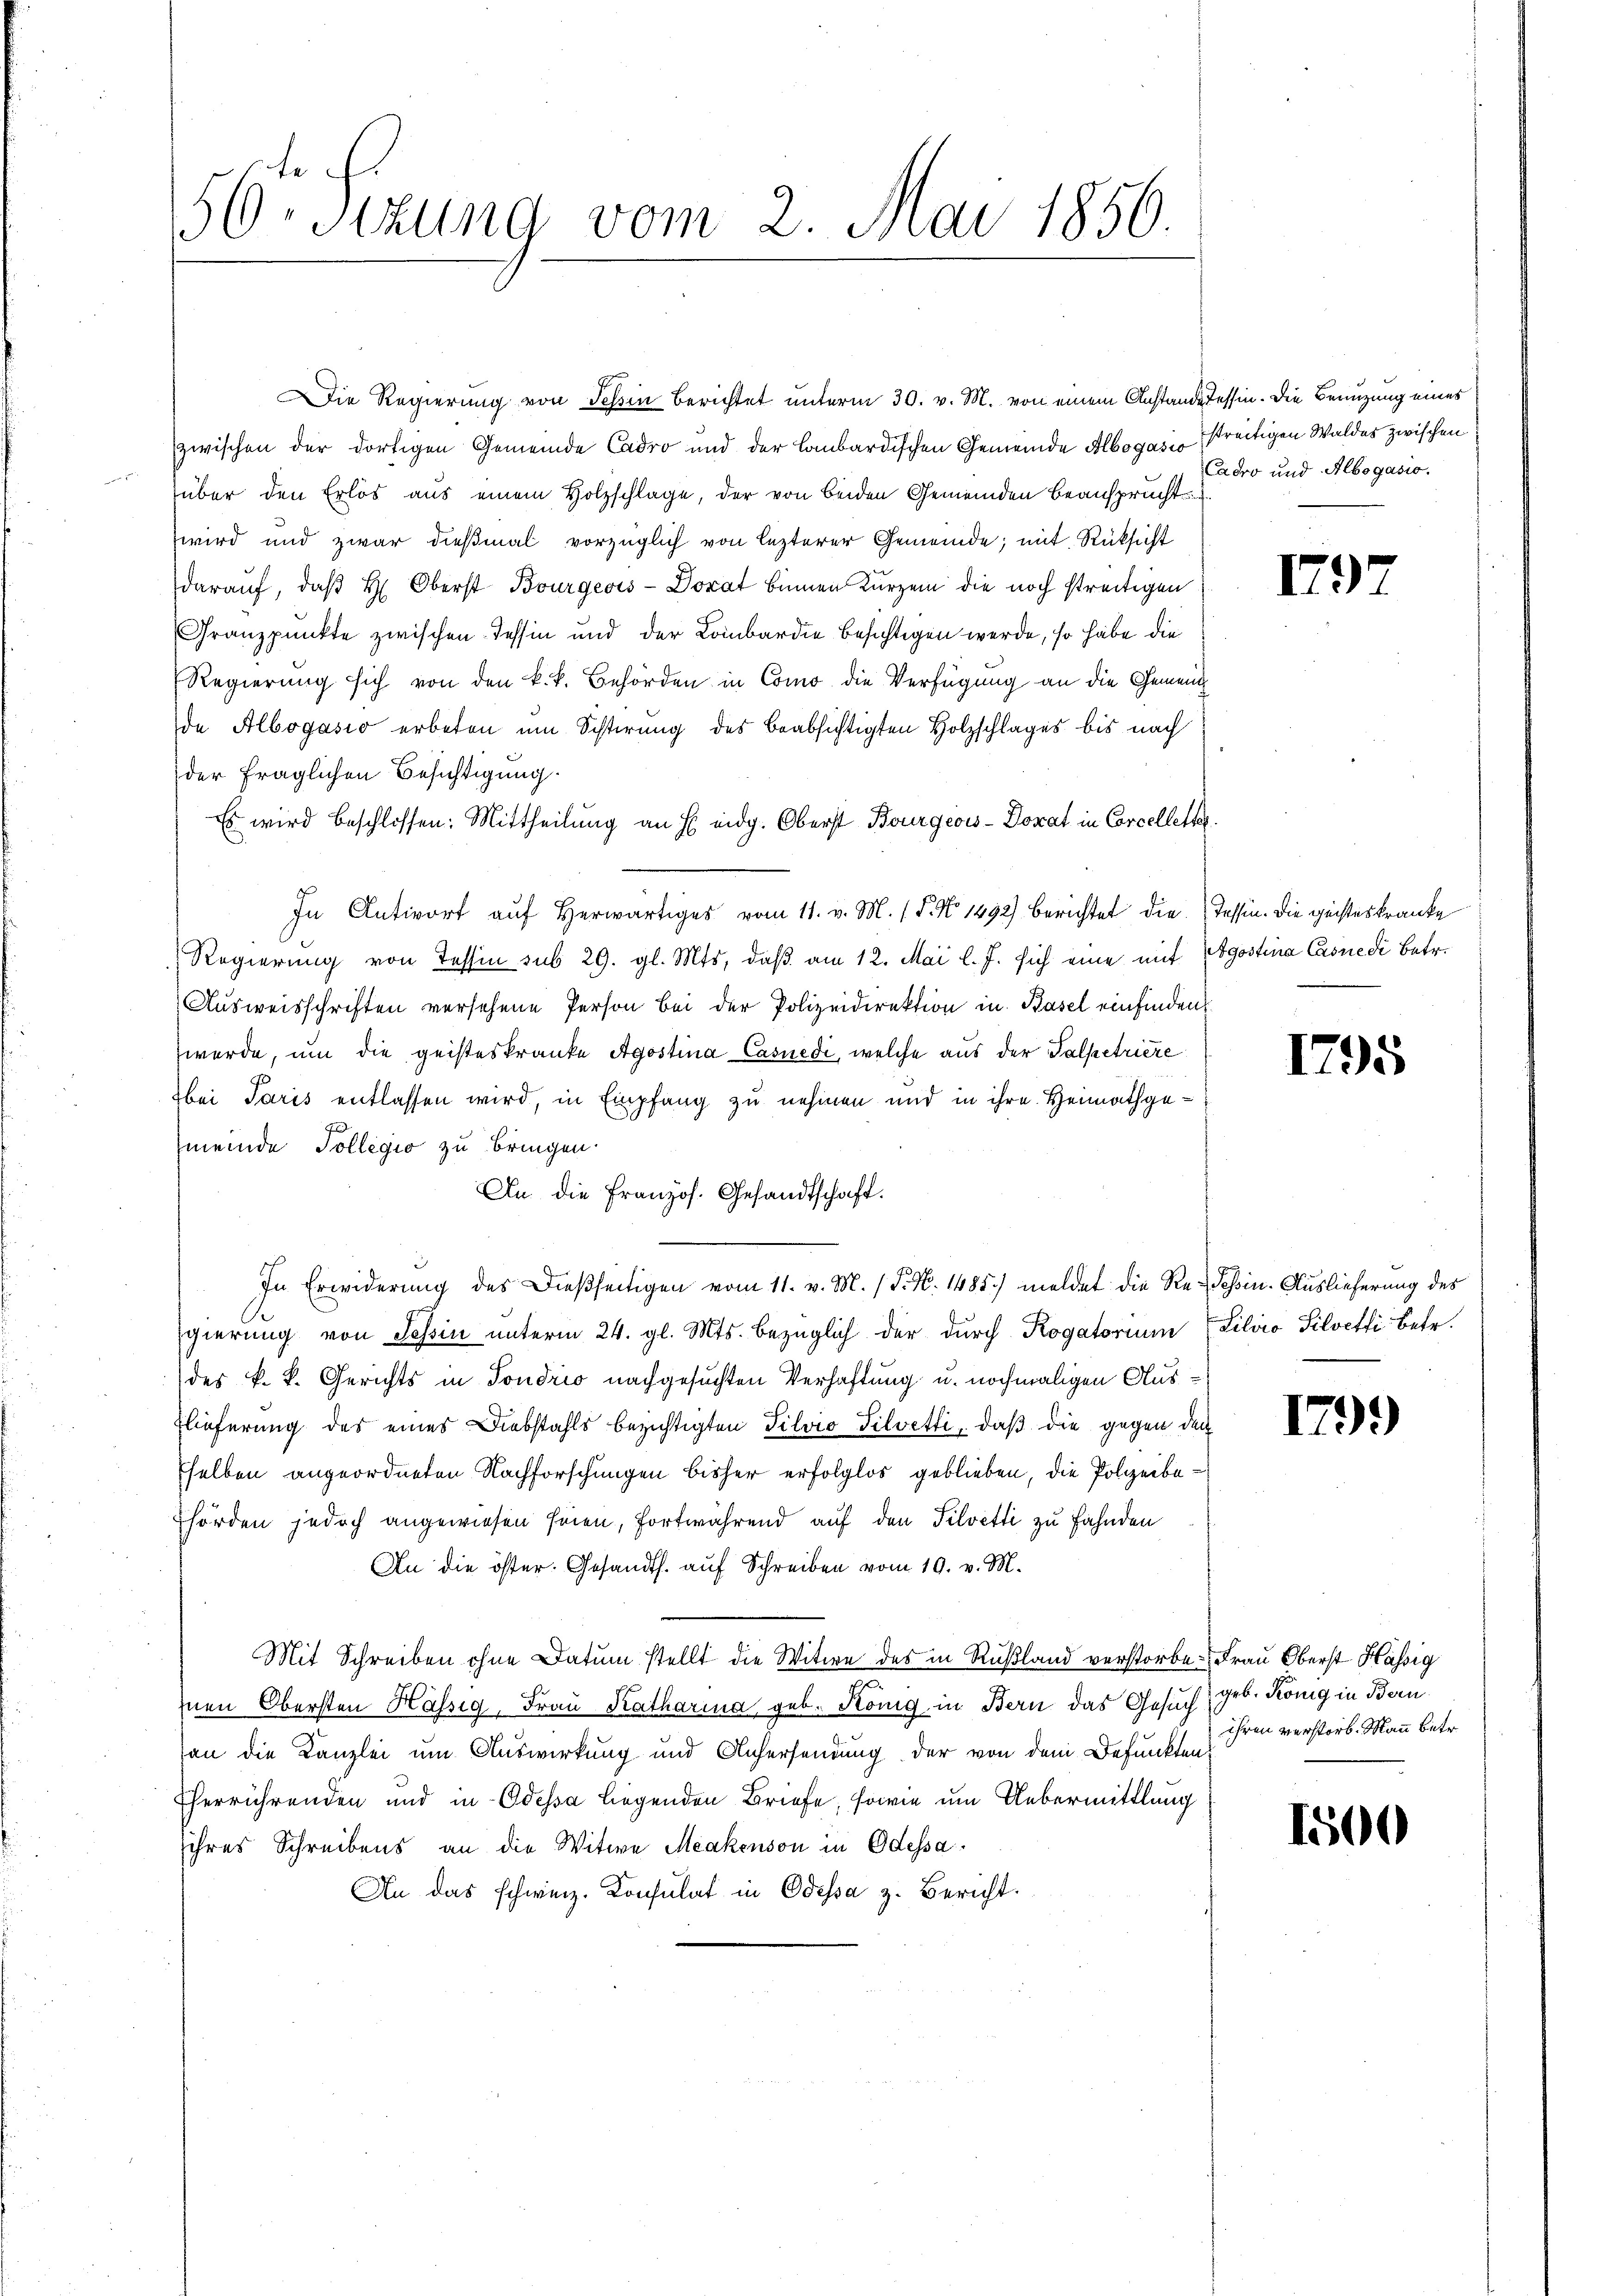
56 Sezung vom 2. Mai 1856.

Die Regierung von Tessin berichtet unterm 30. v. M. von einem Anstande Tessin. Die Benuzung eines
zwischen der dortigen Gemeinde Cadro und der Lombardischen Gemeinde Albogas streitigen Waldes zwischen
über den Erlös aus einem Holzschlage, der von beiden Gemeinden Beansprucht
wird und zwar dießmal vorzüglich von lezterer Gemeinde; mit Rücksicht
darauf, daß H. Oberst Bourgeois-Dorat binnen Kurzem die noch streitigen
Franzpunkte zwischen Tessin und der Lombardie besichtigen werde, so habe die
Regierung sich von den k.k. Behörden in Como die Verfügung an die Gemeindde Albogásio erbeten um Schirung des beabsichtigten Holzschlages bis nach
der fraglichen Besichtigung.
Es wird beschlossen: Mittheilŭng an E eidg. Oberst Bourgeois-Dorat in Concelletter.
In Antwort auf herwärtiges vom 11. v. M. (T. No. 1492) berichtet die Tessin. Die geisteskranke
Regierung von Tessin sub 29. gl. Mts, daß am 12. Mai l. J. sich eine mit Egostina Casnedi Betr.
Ausweisschriften versehene Person bei der Polizeidirektion in Basel einfinden.
werde, um die geisteskranke Agostina Casuedi, welche aus der Talpetriere
bei Paris entlassen wird, in Empfang zu nehmen und in ihre Heimathgemeinde Tollegio zu bringen.
An die Französ. Gesandtschaft.
In Erwiderung des Dießseitigen vom 11. v. M. / P. N. 1485) meldet die Re-Tessin. Auslieferung des
gierŭng von Tessin ŭnterm 24. gl. Mts. bezüglich der durch Rogatorium Lilio Silvetli betr.
des k. k. Gerichts in Sondrio nachgesuchten Verhaftung u. nochmaligen Aus¬
Elieferung des eines Diebstahls bezichtigten Silvio Silvetti, daß die gegen den
sselben angeordneten Nachforschungen bisher erfolglos geblieben, die Polizeibehörden jedoch angewiesen seien, fortwährend auf den Silvetti zu fahnden
An die öster. Gesandts. auf Schreiben vom 10. v. M.
Mit Schreiben ohne Datum stellt die Witwe des in Rußland verstorbe- Frau Oberst Hässig
Inen Obersten Hässig, Frau Katharina geb. König in Bern das Gesuch
an die Kanzlei um Auswirkung und Aufersendung der von dem Befunktens
Eherrührenden und in Odessa liegenden Briefe, sowie um Uebermittlung
ihres Schreibens an die Witwe Makenson in Odessa
An das schweiz. Konsulat in Odessa z. Bericht.

Cadro und Albogasio.

179

1795

179)

geb. König in Bern
ihren verstorb. Mann betr.

1500